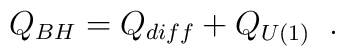
Q_{BH} = Q_{diff} + Q_{U(1)}\;\; .